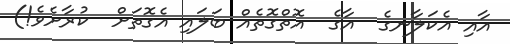
އާއި އެކަލާނގެ  އާގެ  އޮތްގޮތެއް ބަލައި އެގޮތަށް  ކުރާށެވެ!)